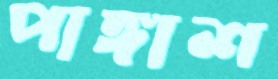
পাঙ্গাশ